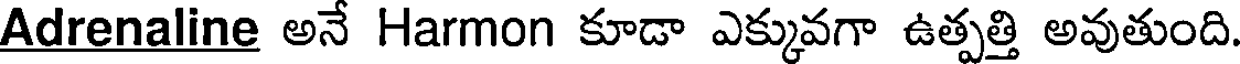
Adrenaline అనే Harmon కూడా ఎక్కువగా ఉత్పత్తి అవుతుంది